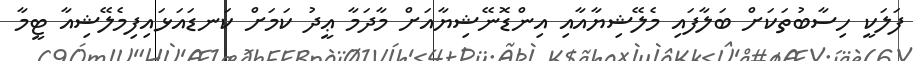
ފަލަކީ ހިސާބުތަކަށް ބަލާފައި މެލޭޝިޔާއާއި އިންޑޮނޭޝިޔާއަށް މާދަމާ ޢީދު ކަމަށް ކަނޑައަޅައިފިމެލޭޝިއާ ޓީމާ